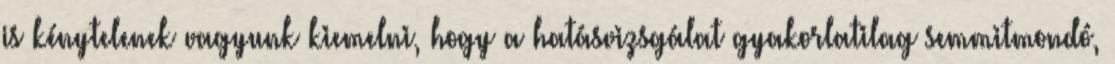
is kénytelenek vagyunk kiemelni, hogy a hatásvizsgálat gyakorlatilag semmitmondó,